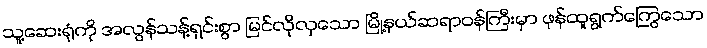
သူ့ဆေးရုံကို အလွန်သန့်ရှင်းစွာ မြင်လိုလှသော မြို့နယ်ဆရာဝန်ကြီးမှာ ဖုန်ထူရွက်ကြွေသော